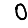
Digit: 0